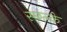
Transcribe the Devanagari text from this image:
स्छल्के